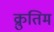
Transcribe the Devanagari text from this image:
क्रुतिम